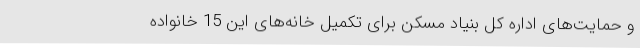
و حمایت‌های اداره کل بنیاد مسکن برای تکمیل خانه‌های این 15 خانواده